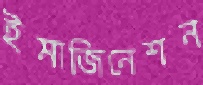
ইমাজিনেশন